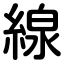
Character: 線